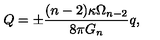
Q = \pm \frac { ( n - 2 ) \kappa \Omega _ { n - 2 } } { 8 \pi G _ { n } } q ,